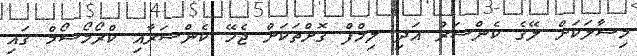
މިސާލަކަށް ލޭގެ ކެންސަރު އަދި ލިމްފް ގޮށްތަކަށް ޖެހޭ ކެންސަރާއި ކްރޯމޯސޯމް ގައި